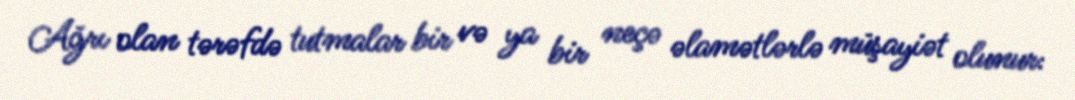
Ağrı olan tərəfdə tutmalar bir və ya bir neçə əlamətlərlə müşayiət olunur: